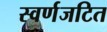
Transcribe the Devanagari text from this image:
स्वर्णजटित